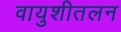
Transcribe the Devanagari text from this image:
वायुशीतलन